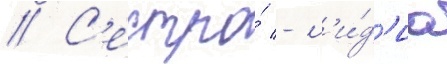
// С'естра́ - л'и́д'иа